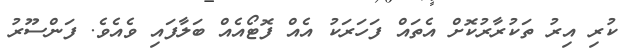
ކުރި އިރު ތަކުރާރުކޮށް އެތައް ފަހަރަކު އެއް ފޮޓޯއެއް ބަލާފައި ވެއެވެ. ފަންސޫރު